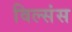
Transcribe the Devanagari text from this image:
विल्संस